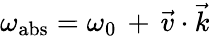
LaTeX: \omega_{\mathrm{abs}}=\omega_{0}\, +\, \vec{v}\cdot\vec{k}